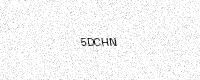
Text: 5DCHN